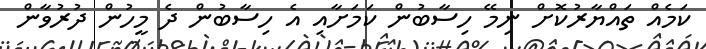
ކަމެއް ތައްޔާރުކޮށް ނިމޭ ހިސާބުން ކަމަށާއި އެ ހިސާބުން ދެ މީހުން ދުރުވާން